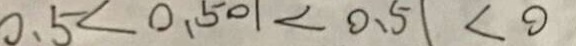
0 . 5 < 0 . 5 0 1 < 0 . 5 1 < 0